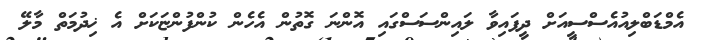
އެމްޑަބްލިއުއެސްސީއަށް ދީފައިވާ ލައިންސަސްގައި އޮންނަ ގޮތުން އެހެން ކުންފުންޏަކަށް އެ ޚިދުމަތް މާލޭ